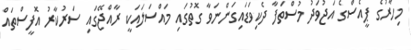
މިހާރުގެ ޕީއެސްގެ އަޖުވަދު މުސްތަފާ ދެކިވަޑައިގަންނަވާ ގޮތުގައި މައްސަލައަކީ ރާއްޖޭގައި ސަރުކާރު އޮފީސްތައް